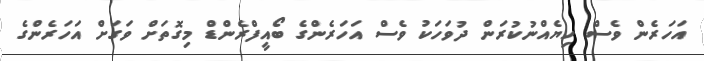
އަހަރެން ވެސް ހިޔެއްނުކުރަން ދުވަހަކު ވެސް އަހަރެންގެ ބޯއީފްރެންޑް މިގޮތަށް ވަގަށް އަހަރެންގެ